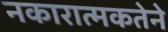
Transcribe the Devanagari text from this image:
नकारात्मकतेने